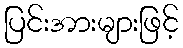
ပြင်းအားများဖြင့်